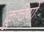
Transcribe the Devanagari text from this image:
कूचियों